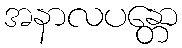
အနာလပန္တော